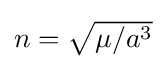
{\textstyle n={\sqrt {\mu /a^{3}}}}